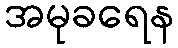
အမုခရေန